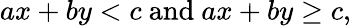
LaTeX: ax+by<c{\mathrm{~and~}}ax+by\geq c,